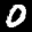
Label: 0